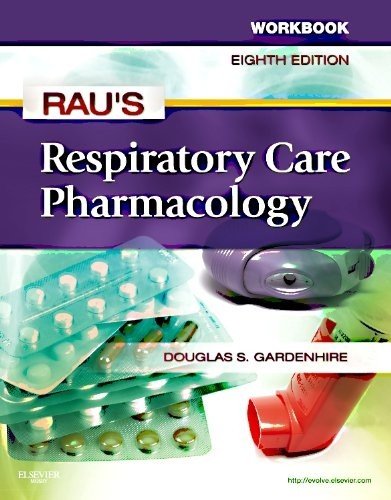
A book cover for Workbook for Rau's Respiratory Care Pharmacology, 8e; Douglas S. Gardenhire EdD  RRT-NPS  FAARC; Medical Books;